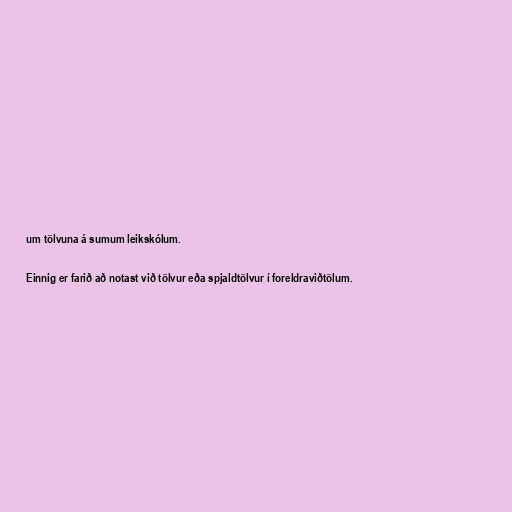
um tölvuna á sumum leikskólum.

Einnig er farið að notast við tölvur eða spjaldtölvur í foreldraviðtölum.